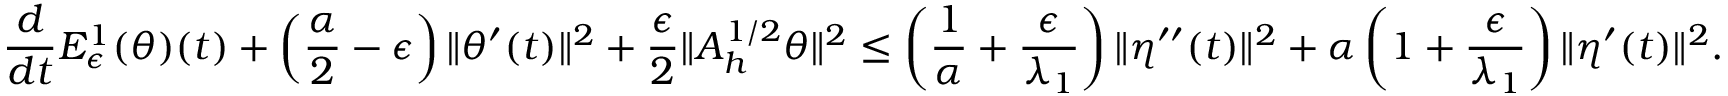
\frac { d } { d t } { \cal E } _ { \epsilon } ^ { 1 } ( \theta ) ( t ) + \left( \frac { \alpha } { 2 } - \epsilon \right) \| \theta ^ { \prime } ( t ) \| ^ { 2 } + \frac { \epsilon } { 2 } \| A _ { h } ^ { 1 / 2 } \theta \| ^ { 2 } \leq \left( \frac { 1 } { \alpha } + \frac { \epsilon } { \lambda _ { 1 } } \right) \| \eta ^ { \prime \prime } ( t ) \| ^ { 2 } + \alpha \left( 1 + \frac { \epsilon } { \lambda _ { 1 } } \right) \| \eta ^ { \prime } ( t ) \| ^ { 2 } .